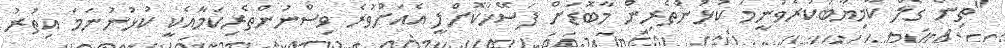
"ތިން ގޯލް ކާމިޔާބުކުރެވުނީމަ ކުޅުންތެރިން މާބޮޑަށް ފަސޭހަކޮށްލީ އެއަށްވުރެ ވިސްނުންތެރިކަމާއެކީ ކުޅުނުނަމަ އިތުރު